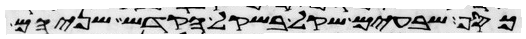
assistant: כסף שבעים שקל בשקל הקדש שניהם